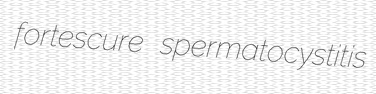
fortescure spermatocystitis